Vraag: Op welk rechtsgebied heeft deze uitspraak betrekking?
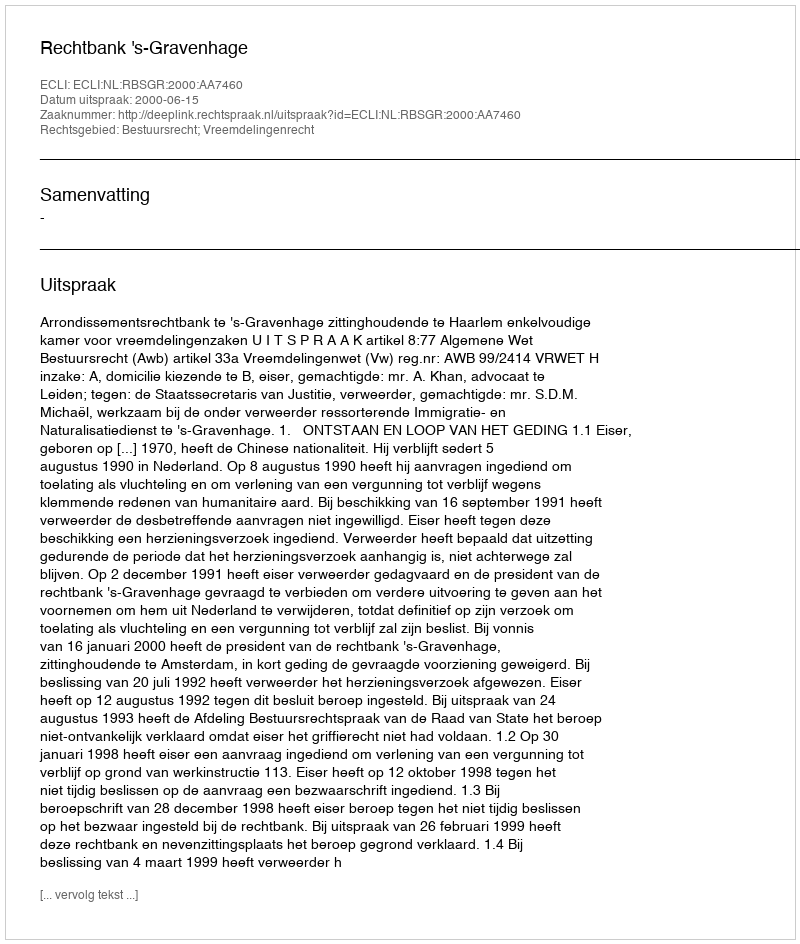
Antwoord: Bestuursrecht; Vreemdelingenrecht